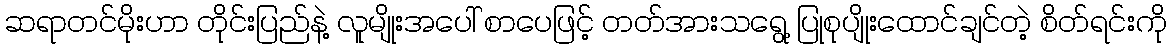
ဆရာတင်မိုးဟာ တိုင်းပြည်နဲ့ လူမျိုးအပေါ် စာပေဖြင့် တတ်အားသရွေ့ ပြုစုပျိုးထောင်ချင်တဲ့ စိတ်ရင်းကို